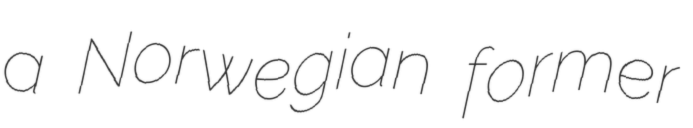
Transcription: a Norwegian former